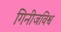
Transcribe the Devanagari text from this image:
गिनीजविश्व